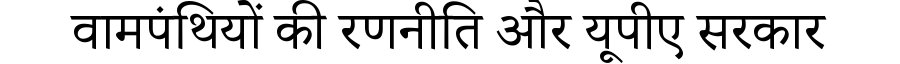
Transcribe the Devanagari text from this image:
वामपंथियों की रणनीति और यूपीए सरकार